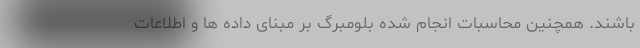
باشند. همچنین محاسبات انجام شده بلومبرگ بر مبنای داده ها و اطلاعات